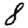
Digit: 8